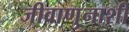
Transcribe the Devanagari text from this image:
जीवाणुनाशी